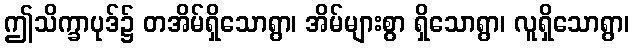
ဤသိက္ခာပုဒ်၌ တအိမ်ရှိသောရွာ၊ အိမ်များစွာ ရှိသောရွာ၊ လူရှိသောရွာ၊